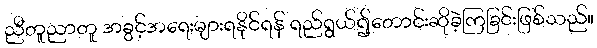
ညီတူညာတူ အခွင့်အရေးများရနိုင်ရန် ရည်ရွယ်၍တောင်းဆိုခဲ့ကြခြင်းဖြစ်သည်။